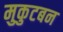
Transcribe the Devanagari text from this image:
मुकुटबन